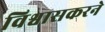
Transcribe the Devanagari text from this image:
विश्वासकरने